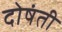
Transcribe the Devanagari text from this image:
दोषंती